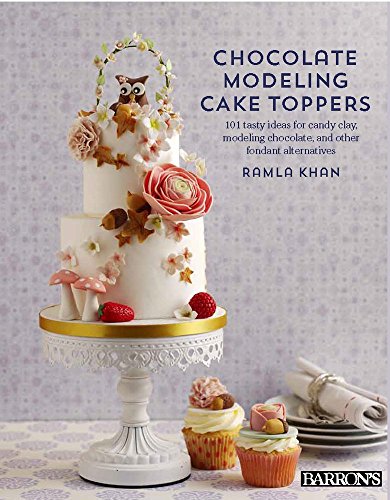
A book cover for Chocolate Modeling Cake Toppers: 101 Tasty Ideas for Candy Clay, Modeling Chocolate, and Other Fondant Alternatives; Ramla Kahn; Cookbooks, Food & Wine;